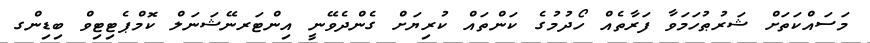
މަސައްކަތަށް ޝަރުޠުހަމަވާ ފަރާތެއް ހޯދުމުގެ ކަންތައް ކުރިޔަށް ގެންދެވޭނީ އިންޓަރނޭޝަނަލް ކޮމްޕެޓިޓިވް ބިޑިންގ